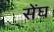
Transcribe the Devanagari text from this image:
सेंघ